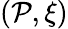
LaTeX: (\mathcal{P},\xi)